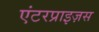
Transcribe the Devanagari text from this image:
एंटरप्राइज़स